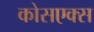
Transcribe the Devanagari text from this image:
कोसएक्स